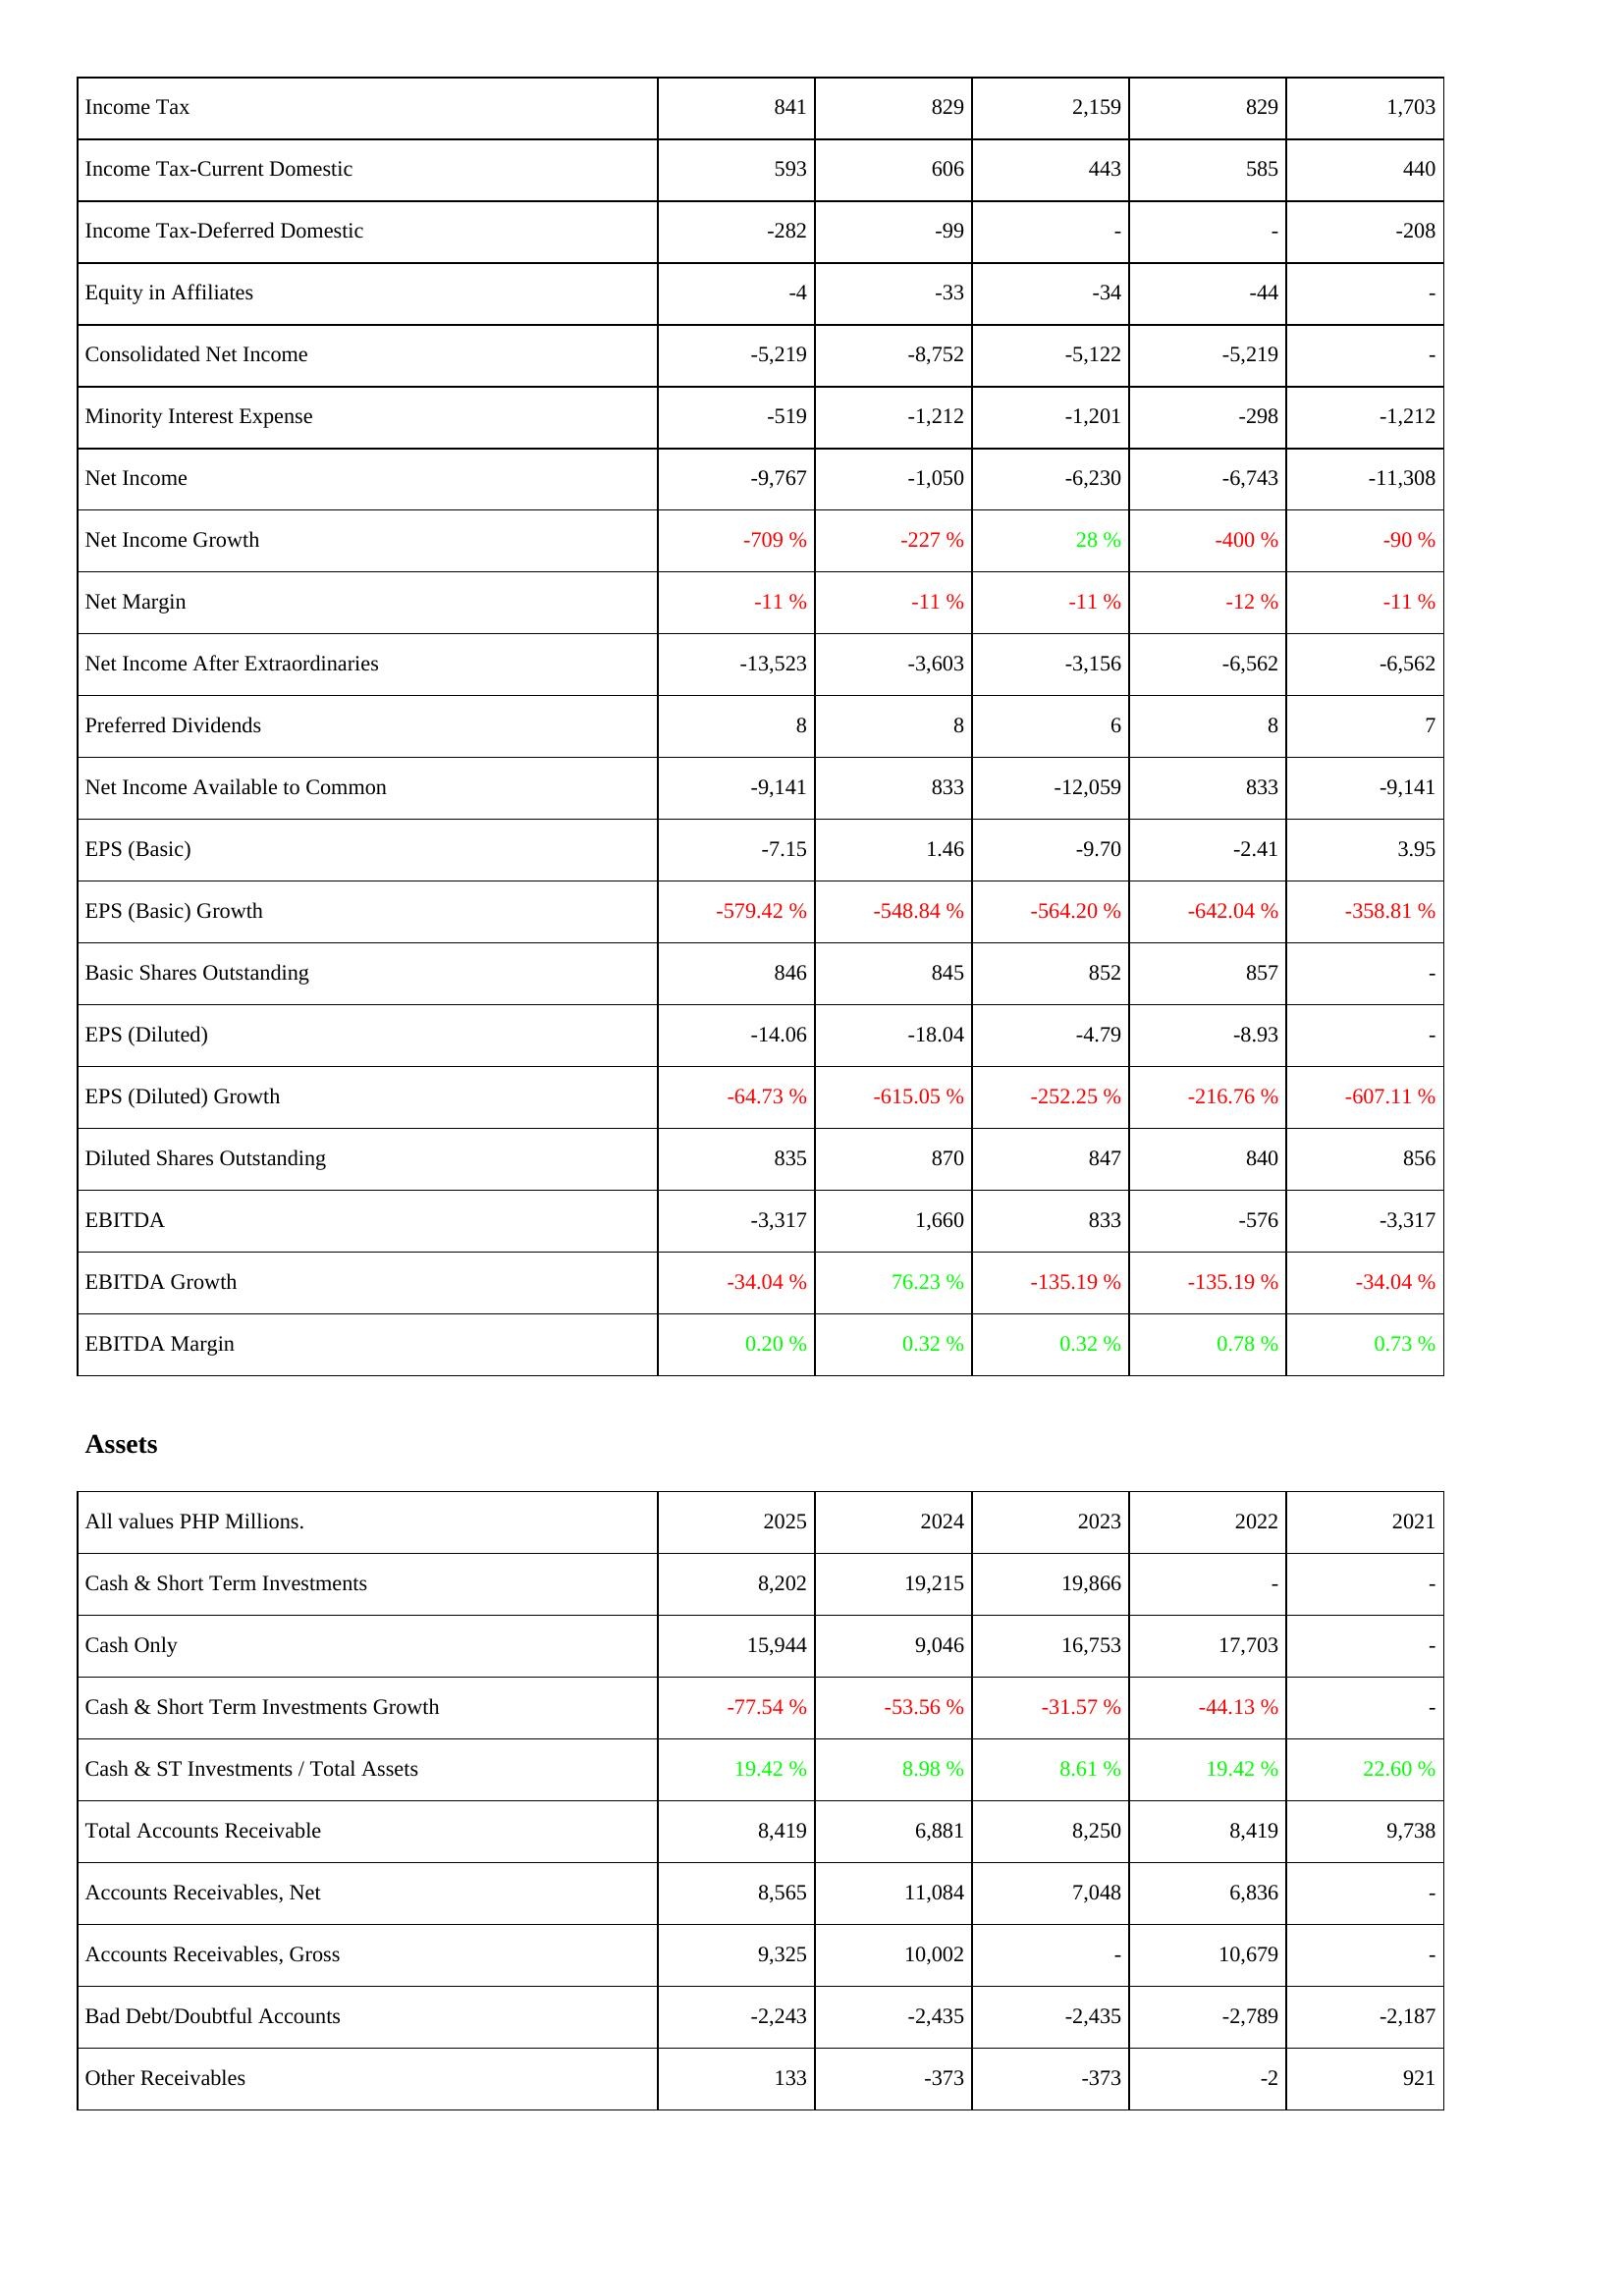
2025: Income Statement: Income Tax: 841
Income Tax-Current Domestic: 593
Income Tax-Deferred Domestic: -282
Equity in Affiliates: -4
Consolidated Net Income: -5,219
Minority Interest Expense: -519
Net Income: -9,767
Net Income Growth: -709 %
Net Margin: -11 %
Net Income After Extraordinaries: -13,523
Preferred Dividends: 8
Net Income Available to Common: -9,141
EPS (Basic): -7.15
EPS (Basic) Growth: -579.42 %
Basic Shares Outstanding: 846
EPS (Diluted): -14.06
EPS (Diluted) Growth: -64.73 %
Diluted Shares Outstanding: 835
EBITDA: -3,317
EBITDA Growth: -34.04 %
EBITDA Margin: 0.20 %
Assets: Cash & Short Term Investments: 8,202
Cash Only: 15,944
Cash & Short Term Investments Growth: -77.54 %
Cash & ST Investments / Total Assets: 19.42 %
Total Accounts Receivable: 8,419
Accounts Receivables, Net: 8,565
Accounts Receivables, Gross: 9,325
Bad Debt/Doubtful Accounts: -2,243
Other Receivables: 133
2024: Income Statement: Income Tax: 829
Income Tax-Current Domestic: 606
Income Tax-Deferred Domestic: -99
Equity in Affiliates: -33
Consolidated Net Income: -8,752
Minority Interest Expense: -1,212
Net Income: -1,050
Net Income Growth: -227 %
Net Margin: -11 %
Net Income After Extraordinaries: -3,603
Preferred Dividends: 8
Net Income Available to Common: 833
EPS (Basic): 1.46
EPS (Basic) Growth: -548.84 %
Basic Shares Outstanding: 845
EPS (Diluted): -18.04
EPS (Diluted) Growth: -615.05 %
Diluted Shares Outstanding: 870
EBITDA: 1,660
EBITDA Growth: 76.23 %
EBITDA Margin: 0.32 %
Assets: Cash & Short Term Investments: 19,215
Cash Only: 9,046
Cash & Short Term Investments Growth: -53.56 %
Cash & ST Investments / Total Assets: 8.98 %
Total Accounts Receivable: 6,881
Accounts Receivables, Net: 11,084
Accounts Receivables, Gross: 10,002
Bad Debt/Doubtful Accounts: -2,435
Other Receivables: -373
2023: Income Statement: Income Tax: 2,159
Income Tax-Current Domestic: 443
Income Tax-Deferred Domestic: -
Equity in Affiliates: -34
Consolidated Net Income: -5,122
Minority Interest Expense: -1,201
Net Income: -6,230
Net Income Growth: 28 %
Net Margin: -11 %
Net Income After Extraordinaries: -3,156
Preferred Dividends: 6
Net Income Available to Common: -12,059
EPS (Basic): -9.70
EPS (Basic) Growth: -564.20 %
Basic Shares Outstanding: 852
EPS (Diluted): -4.79
EPS (Diluted) Growth: -252.25 %
Diluted Shares Outstanding: 847
EBITDA: 833
EBITDA Growth: -135.19 %
EBITDA Margin: 0.32 %
Assets: Cash & Short Term Investments: 19,866
Cash Only: 16,753
Cash & Short Term Investments Growth: -31.57 %
Cash & ST Investments / Total Assets: 8.61 %
Total Accounts Receivable: 8,250
Accounts Receivables, Net: 7,048
Accounts Receivables, Gross: -
Bad Debt/Doubtful Accounts: -2,435
Other Receivables: -373
2022: Income Statement: Income Tax: 829
Income Tax-Current Domestic: 585
Income Tax-Deferred Domestic: -
Equity in Affiliates: -44
Consolidated Net Income: -5,219
Minority Interest Expense: -298
Net Income: -6,743
Net Income Growth: -400 %
Net Margin: -12 %
Net Income After Extraordinaries: -6,562
Preferred Dividends: 8
Net Income Available to Common: 833
EPS (Basic): -2.41
EPS (Basic) Growth: -642.04 %
Basic Shares Outstanding: 857
EPS (Diluted): -8.93
EPS (Diluted) Growth: -216.76 %
Diluted Shares Outstanding: 840
EBITDA: -576
EBITDA Growth: -135.19 %
EBITDA Margin: 0.78 %
Assets: Cash & Short Term Investments: -
Cash Only: 17,703
Cash & Short Term Investments Growth: -44.13 %
Cash & ST Investments / Total Assets: 19.42 %
Total Accounts Receivable: 8,419
Accounts Receivables, Net: 6,836
Accounts Receivables, Gross: 10,679
Bad Debt/Doubtful Accounts: -2,789
Other Receivables: -2
2021: Income Statement: Income Tax: 1,703
Income Tax-Current Domestic: 440
Income Tax-Deferred Domestic: -208
Equity in Affiliates: -
Consolidated Net Income: -
Minority Interest Expense: -1,212
Net Income: -11,308
Net Income Growth: -90 %
Net Margin: -11 %
Net Income After Extraordinaries: -6,562
Preferred Dividends: 7
Net Income Available to Common: -9,141
EPS (Basic): 3.95
EPS (Basic) Growth: -358.81 %
Basic Shares Outstanding: -
EPS (Diluted): -
EPS (Diluted) Growth: -607.11 %
Diluted Shares Outstanding: 856
EBITDA: -3,317
EBITDA Growth: -34.04 %
EBITDA Margin: 0.73 %
Assets: Cash & Short Term Investments: -
Cash Only: -
Cash & Short Term Investments Growth: -
Cash & ST Investments / Total Assets: 22.60 %
Total Accounts Receivable: 9,738
Accounts Receivables, Net: -
Accounts Receivables, Gross: -
Bad Debt/Doubtful Accounts: -2,187
Other Receivables: 921